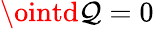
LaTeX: \ointd\mathcal{Q}=0